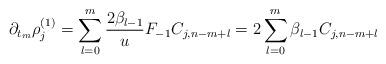
LaTeX: \begin{align*} \partial_{t_{m}}\rho_j^{(1)}=\displaystyle\sum_{l=0}^{m}\frac{2\beta_{l-1}}{u}F_{-1}C_{j,n-m+l} =2\displaystyle\sum_{l=0}^{m}\beta_{l-1}C_{j,n-m+l} \end{align*}